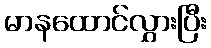
မာနထောင်လွှားပြီး